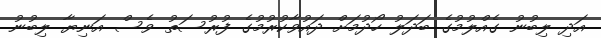
އަދި ލިބުނު ގެއްލުމުގެ ބަދަލު ހޯދުމަށް ދައުވާކުރުމުގެ ފުރުސަތު ވެސް އަނިޔާ ލިބުނު